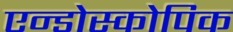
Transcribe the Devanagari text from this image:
एन्डोस्कोपिक